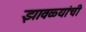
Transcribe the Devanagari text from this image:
झावळ्यांची